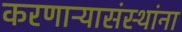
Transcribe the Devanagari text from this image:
करणाऱ्यासंस्थांना